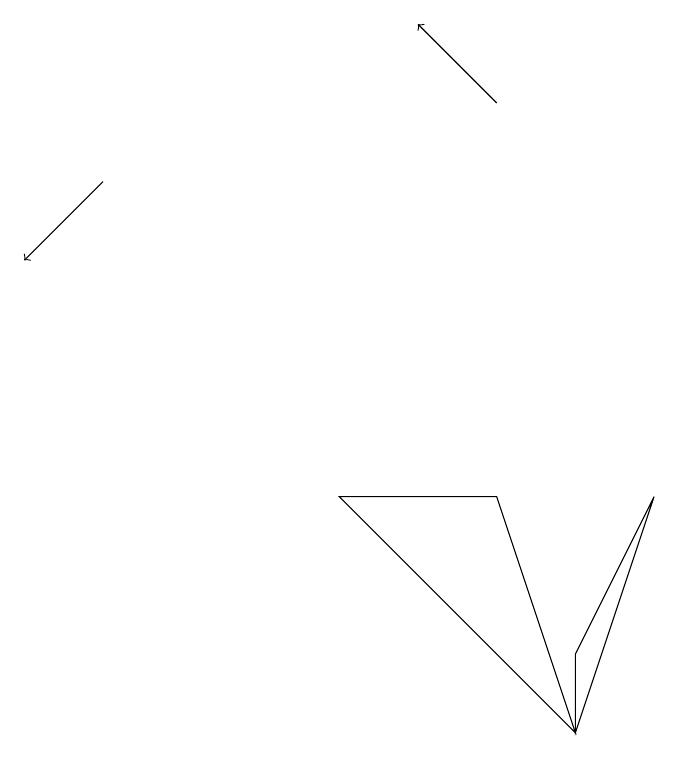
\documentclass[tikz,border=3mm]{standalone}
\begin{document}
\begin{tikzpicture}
\draw (8,6) -- (9,9) -- (8,7) -- cycle;
\draw[->] (7,14) -- (6,15);
\draw[->] (2,13) -- (1,12);
\draw (5,9) -- (8,6) -- (7,9) -- cycle;
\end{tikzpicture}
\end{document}